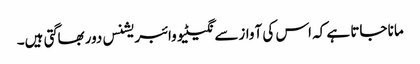
مانا جاتا ہے کہ اس کی آوازسے نگیٹیو وائبریشنس دوربھاگتی ہیں۔